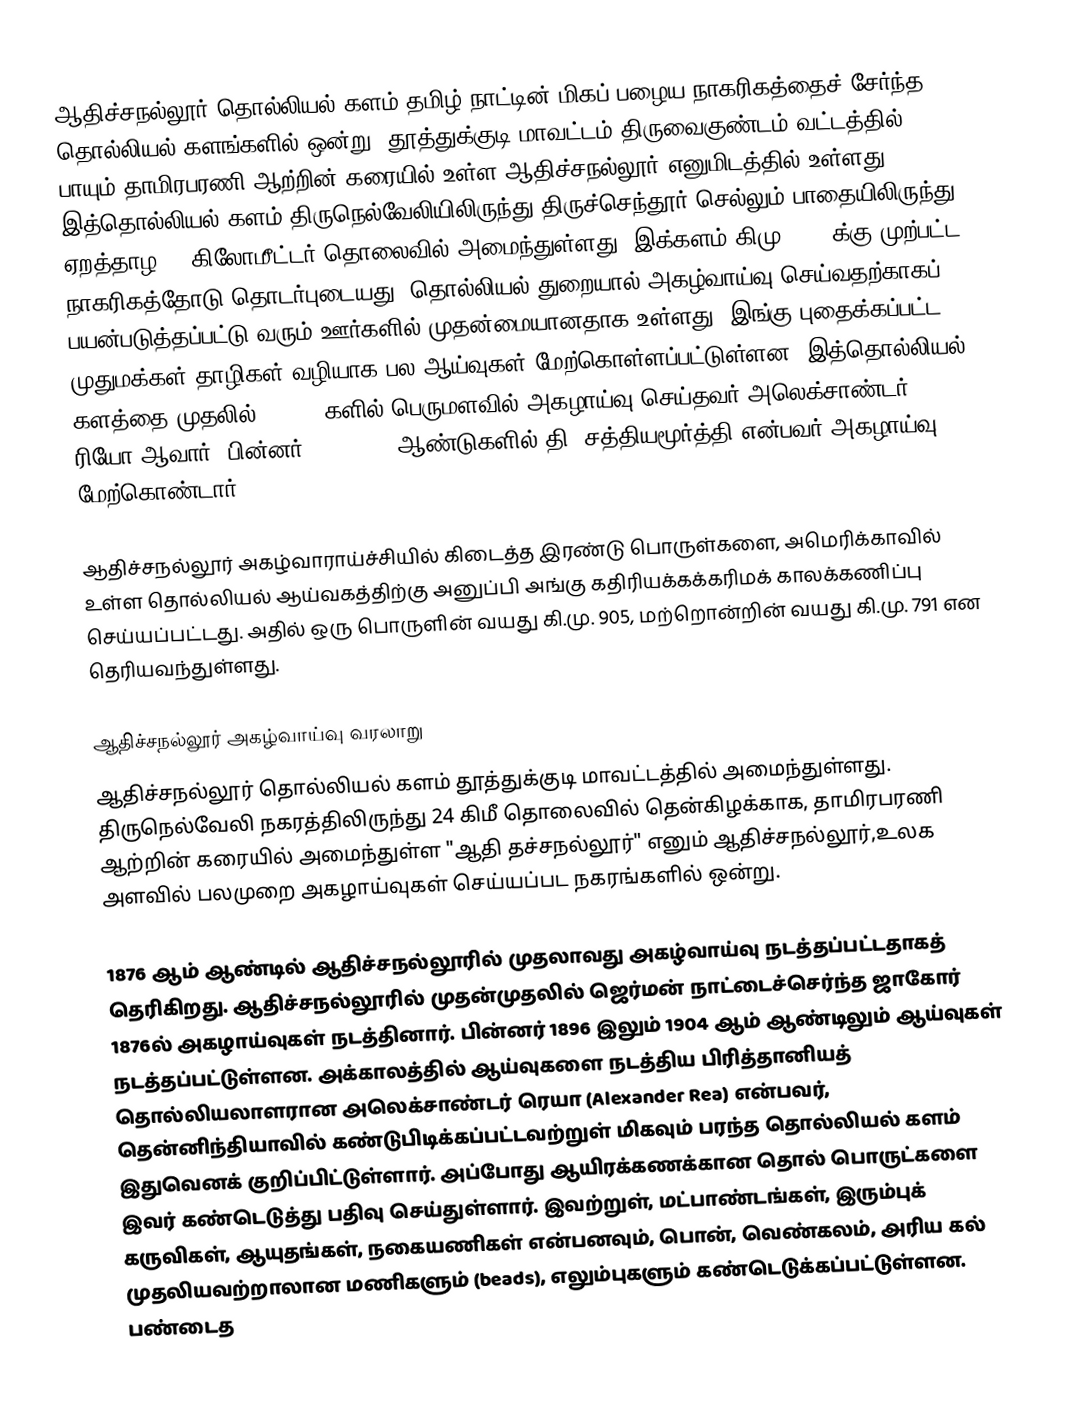
ஆதிச்சநல்லூர் தொல்லியல் களம் தமிழ் நாட்டின் மிகப் பழைய நாகரிகத்தைச் சேர்ந்த தொல்லியல் களங்களில் ஒன்று. தூத்துக்குடி மாவட்டம் திருவைகுண்டம் வட்டத்தில் பாயும் தாமிரபரணி ஆற்றின் கரையில் உள்ள ஆதிச்சநல்லூர் எனுமிடத்தில் உள்ளது. இத்தொல்லியல் களம்  திருநெல்வேலியிலிருந்து திருச்செந்தூர் செல்லும் பாதையிலிருந்து ஏறத்தாழ 24 கிலோமீட்டர் தொலைவில் அமைந்துள்ளது. இக்களம் கிமு 1600 க்கு முற்பட்ட நாகரிகத்தோடு தொடர்புடையது. தொல்லியல் துறையால் அகழ்வாய்வு செய்வதற்காகப் பயன்படுத்தப்பட்டு வரும் ஊர்களில் முதன்மையானதாக உள்ளது. இங்கு புதைக்கப்பட்ட முதுமக்கள் தாழிகள் வழியாக பல ஆய்வுகள் மேற்கொள்ளப்பட்டுள்ளன. இத்தொல்லியல் களத்தை முதலில் 1903-04களில் பெருமளவில் அகழாய்வு செய்தவர் அலெக்சாண்டர் ரியோ ஆவார். பின்னர் 2004–2005 ஆண்டுகளில் தி. சத்தியமூர்த்தி என்பவர் அகழாய்வு மேற்கொண்டார்.

ஆதிச்சநல்லூர் அகழ்வாராய்ச்சியில் கிடைத்த இரண்டு பொருள்களை, அமெரிக்காவில் உள்ள தொல்லியல் ஆய்வகத்திற்கு அனுப்பி அங்கு கதிரியக்கக்கரிமக் காலக்கணிப்பு  செய்யப்பட்டது. அதில் ஒரு பொருளின் வயது கி.மு. 905, மற்றொன்றின் வயது கி.மு. 791 என தெரியவந்துள்ளது.

ஆதிச்சநல்லூர் அகழ்வாய்வு வரலாறு
ஆதிச்சநல்லூர் தொல்லியல் களம் தூத்துக்குடி மாவட்டத்தில் அமைந்துள்ளது. திருநெல்வேலி நகரத்திலிருந்து 24 கிமீ தொலைவில் தென்கிழக்காக, தாமிரபரணி ஆற்றின் கரையில் அமைந்துள்ள "ஆதி தச்சநல்லூர்" எனும் ஆதிச்சநல்லூர்,உலக அளவில் பலமுறை அகழாய்வுகள் செய்யப்பட நகரங்களில் ஒன்று.

1876 ஆம் ஆண்டில் ஆதிச்சநல்லூரில் முதலாவது அகழ்வாய்வு நடத்தப்பட்டதாகத் தெரிகிறது. ஆதிச்சநல்லூரில் முதன்முதலில் ஜெர்மன் நாட்டைச்செர்ந்த ஜாகோர் 1876ல் அகழாய்வுகள் நடத்தினார். பின்னர் 1896 இலும் 1904 ஆம் ஆண்டிலும் ஆய்வுகள் நடத்தப்பட்டுள்ளன.   அக்காலத்தில் ஆய்வுகளை நடத்திய பிரித்தானியத் தொல்லியலாளரான அலெக்சாண்டர் ரெயா (Alexander Rea) என்பவர், தென்னிந்தியாவில் கண்டுபிடிக்கப்பட்டவற்றுள் மிகவும் பரந்த தொல்லியல் களம் இதுவெனக் குறிப்பிட்டுள்ளார்.  அப்போது ஆயிரக்கணக்கான தொல் பொருட்களை இவர் கண்டெடுத்து பதிவு செய்துள்ளார். இவற்றுள், மட்பாண்டங்கள், இரும்புக் கருவிகள், ஆயுதங்கள், நகையணிகள் என்பனவும், பொன், வெண்கலம், அரிய கல் முதலியவற்றாலான மணிகளும் (beads), எலும்புகளும் கண்டெடுக்கப்பட்டுள்ளன. பண்டைத